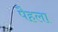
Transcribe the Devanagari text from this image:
पैहला